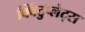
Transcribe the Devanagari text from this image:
क्विंटुप्लेट्स